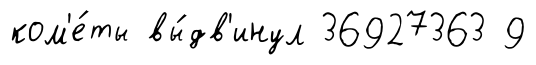
ком'е́ты вы́дв'инул 36927363 9